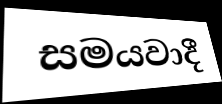
සමයවාදී